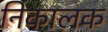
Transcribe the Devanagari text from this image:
निकालक